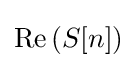
\operatorname {Re} {(S[n])}